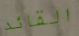
القائد